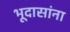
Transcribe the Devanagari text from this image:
भूदासांना